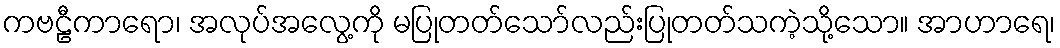
ကဗဠီကာရော၊ အလုပ်အလွေ့ကို မပြုတတ်သော်လည်းပြုတတ်သကဲ့သို့သော။ အာဟာရေ၊